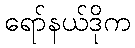
ရော်နယ်ဒိုက